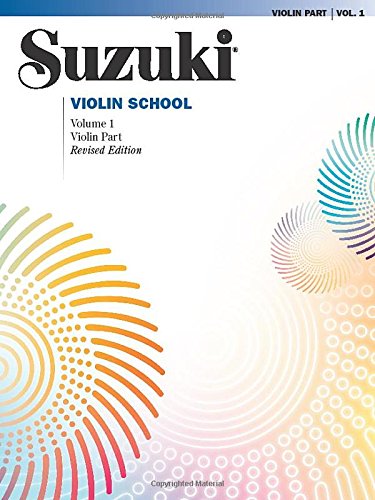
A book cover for Suzuki Violin School: Violin Part, Vol. 1; Dr. Shinichi Suzuki; Humor & Entertainment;